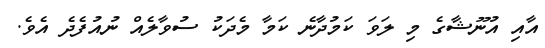
އާއި އުނޫޝާގެ މި ލަވަ ކަމުދާނެ ކަމާ މެދަކު ސުވާލެއް ނުއުފެދެ އެވެ.